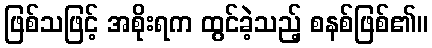
ဖြစ်သဖြင့် အစိုးရက ထွင်ခဲ့သည့် စနစ်ဖြစ်၏။